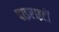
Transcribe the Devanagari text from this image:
पाइराइटों